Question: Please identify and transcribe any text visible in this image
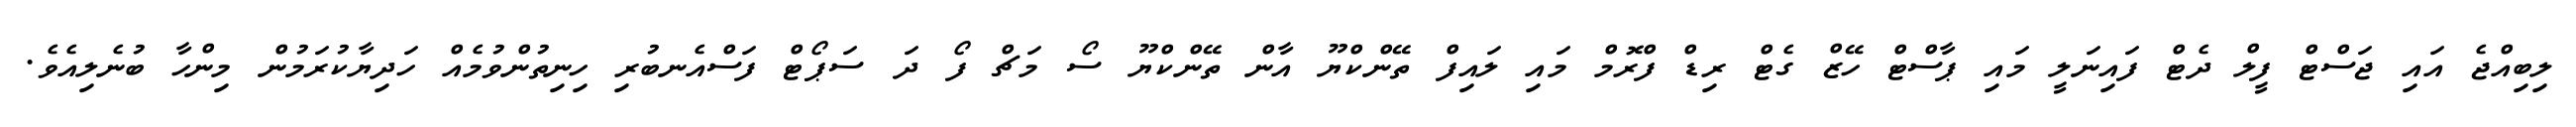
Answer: ލިބިއްޖެ އައި ޖަސްޓް ފީލް ދެޓް ފައިނަލީ މައި ޕާސްޓް ހޭޒް ގެޓް ރިޑް ފްރޮމް މައި ލައިފް ތޭންކްޔޫ އާން ތޭންކްޔޫ ސޯ މަޗް ފޯ ދަ ސަޕޯޓް ފަސްއެނބުރި ހިނިތުންވުމެއް ހަދިޔާކުރަމުން މިންހާ ބުނެލިއެވެ.